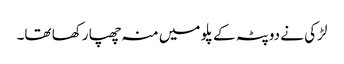
لڑکی نے دوپٹہ کے پلو میں منہ چھپا رکھا تھا۔